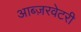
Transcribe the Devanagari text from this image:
आब्ज़रवेटरी